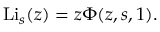
\operatorname { L i } _ { s } ( z ) = z \Phi ( z , s , 1 ) .